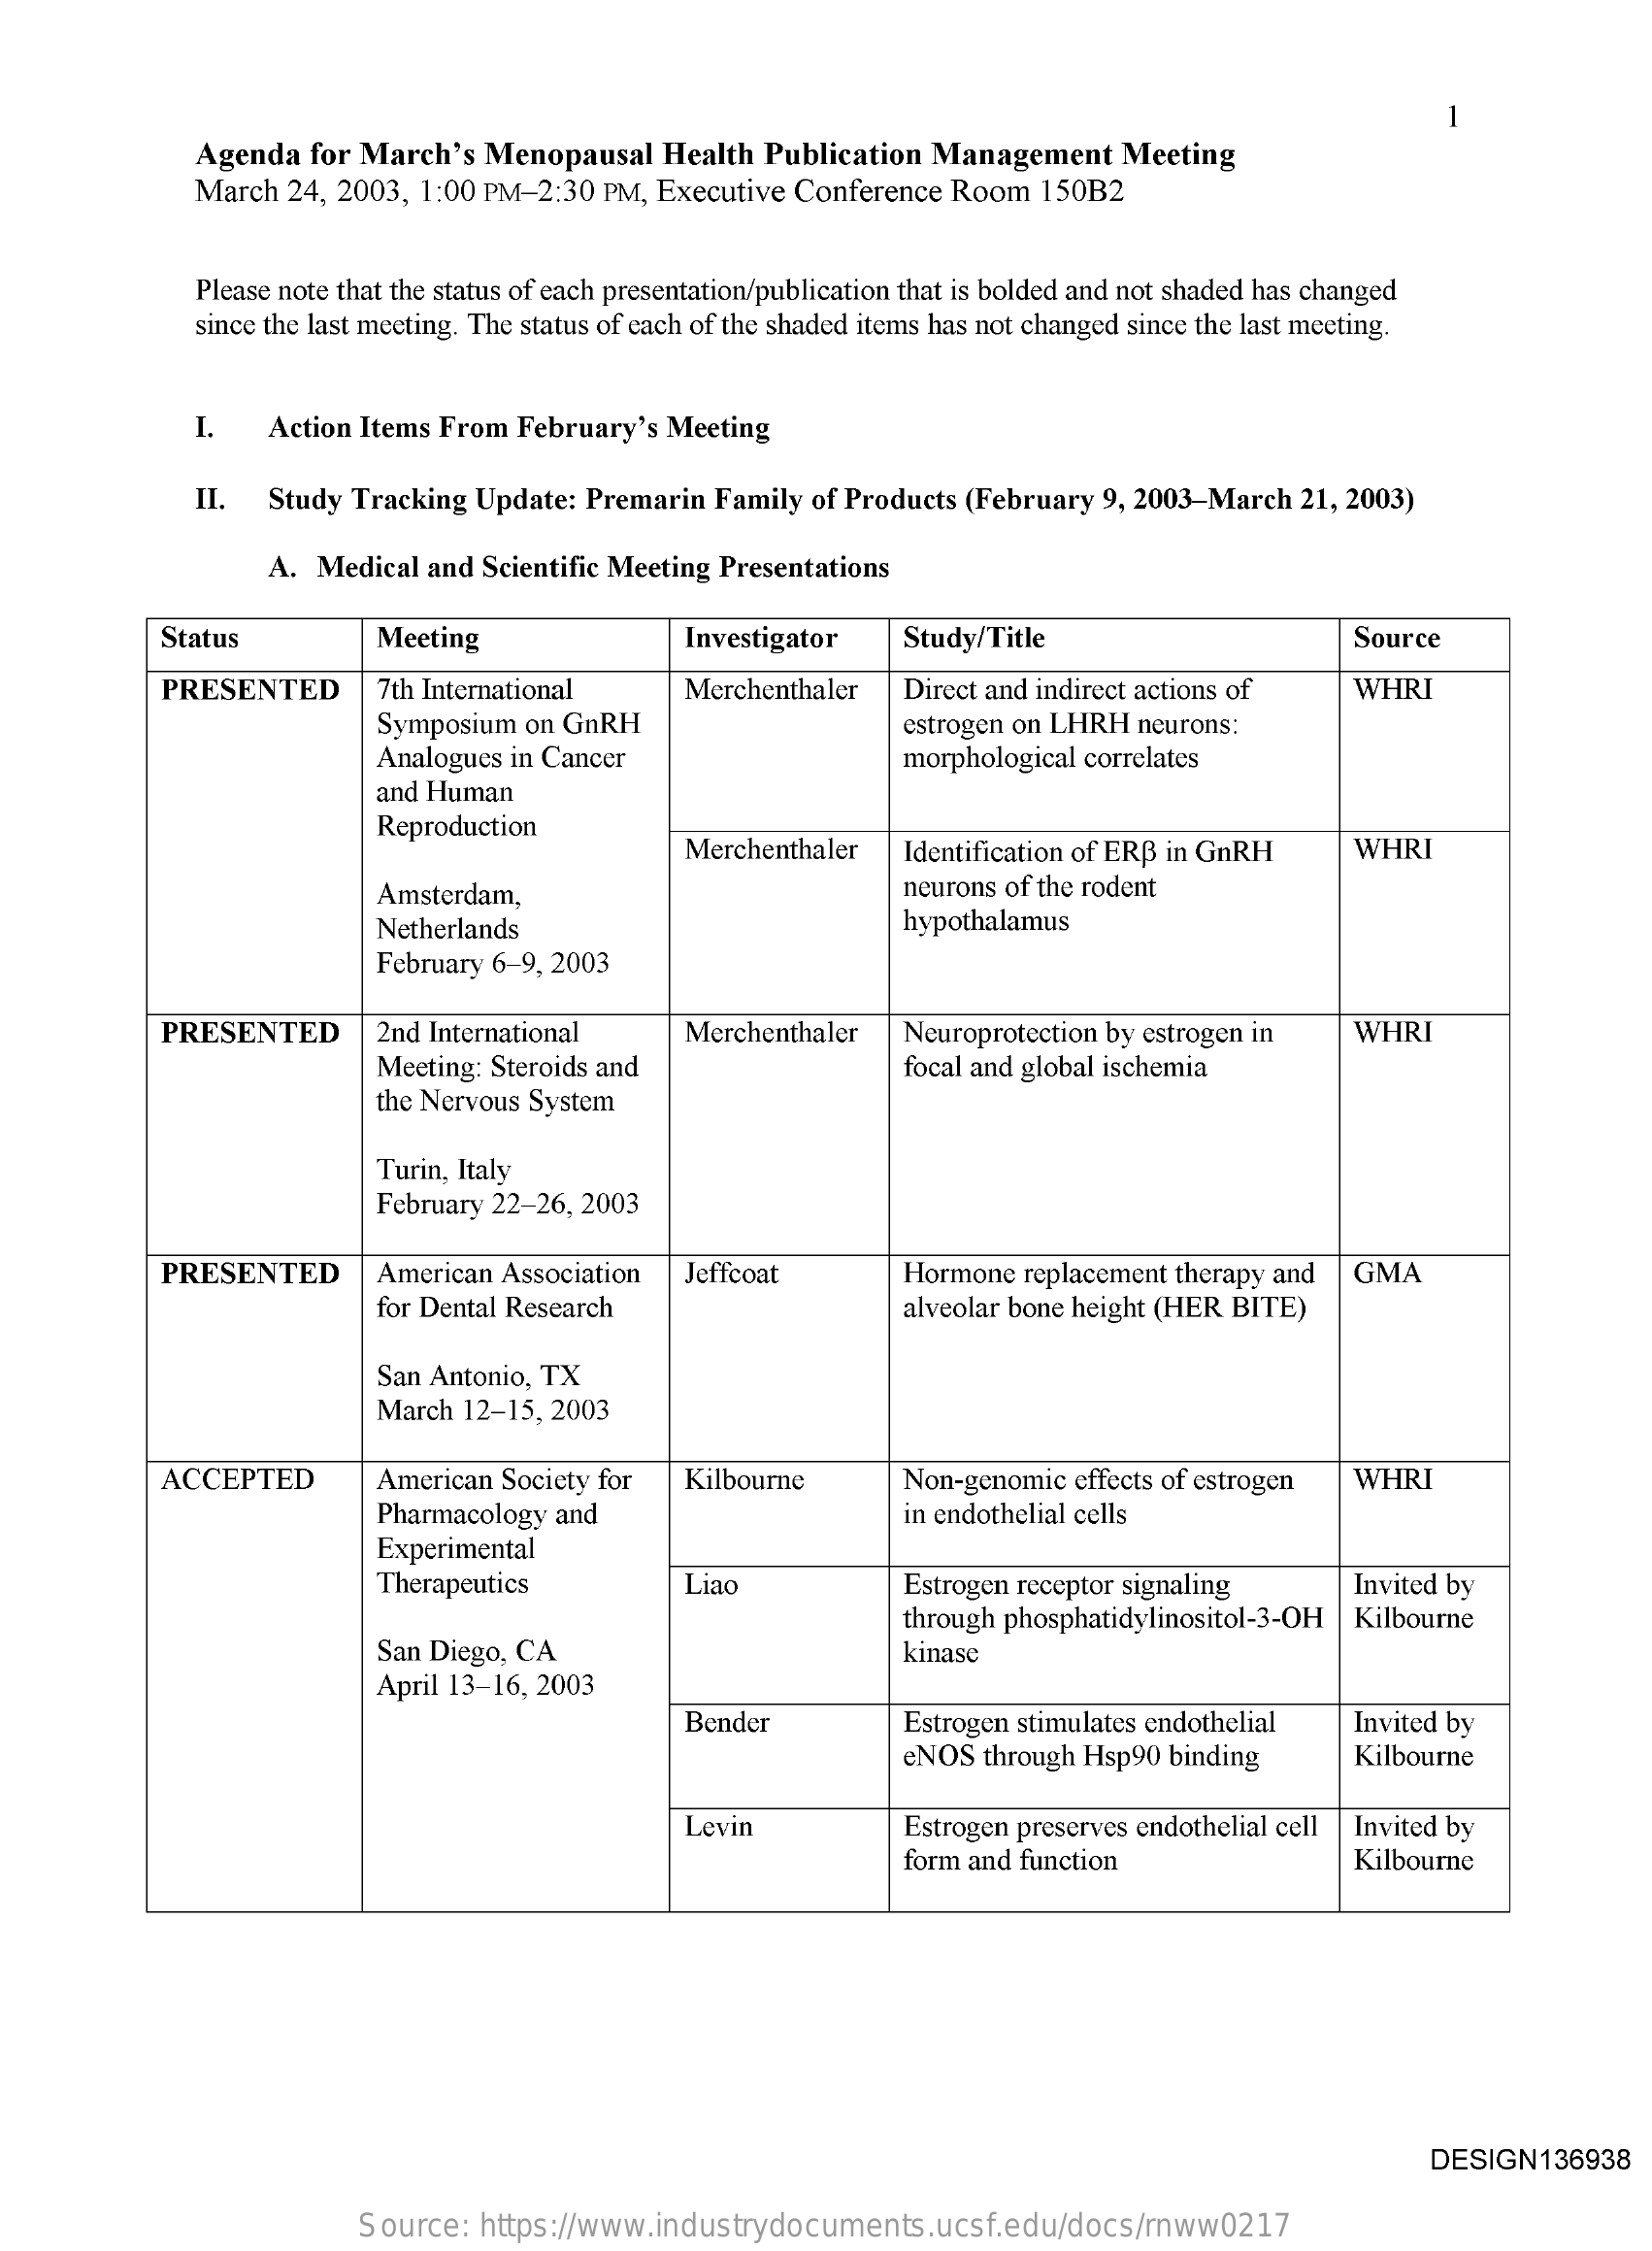
Agenda  for March's  Menopausal   Health Publication Management    Meeting
     March  24, 2003, 1:00 PM-2:30 PM, Executive Conference Room  150B2
     Please note that the status of each presentation/publication that is bolded and not shaded has changed
     since the last meeting. The status of each of the shaded items has not changed since the last meeting.
     I.    Action Items From February's Meeting
     II. Study  Tracking Update: Premarin Family of Products (February 9, 2003-March 21, 2003)
     A. Medical and Scientific Meeting Presentations
     Status    Meeting    Investigator   Study/Title    Source
     PRESENTED    7th International    Merchenthaler  Direct and indirect actions of   WHRI
     Symposium on GnRH
     Analogues in Cancer
     estrogen on LHRH neurons:
     morphological correlates
     and Human
     Reproduction
     Merchenthaler   Identification of ERB in GnRH    WHRI
     Amsterdam,    neurons of the rodent
     Netherlands    hypothalamus
     February 6-9, 2003
     PRESENTED    2nd International    Merchenthaler    WHRI
     Meeting: Steroids and
     Neuroprotection by estrogen in
     focal and global ischemia
     the Nervous System
     Turin, Italy
     February 22-26, 2003
     PRESENTED    American Association  Jeffcoat    Hormone replacement therapy and GMA
     for Dental Research    alveolar bone height (HER BITE)
     San Antonio, TX
     March 12-15, 2003
     ACCEPTED    American Society for  Kilbourne    Non-genomic effects of estrogen WHRI
     Pharmacology and    in endothelial cells
     Experimental
     Therapeutics    Liao    Estrogen receptor signaling    Invited by
     San Diego, CA
     through phosphatidylinositol-3-OH Kilbourne
     kinase
     April 13-16, 2003
     Bender    Estrogen stimulates endothelial Invited by
     eNOS through Hsp90 binding    Kilbourne
     Levin    Estrogen preserves endothelial cell Invited by
     form and function    Kilbourne
     DESIGN136938
     Source: https://www.industrydocuments.ucsf.edu/docs/rnww0217